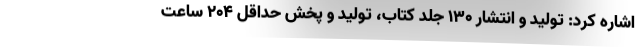
اشاره کرد: تولید و انتشار ۱۳۰ جلد کتاب، تولید و پخش حداقل ۲۰۴ ساعت